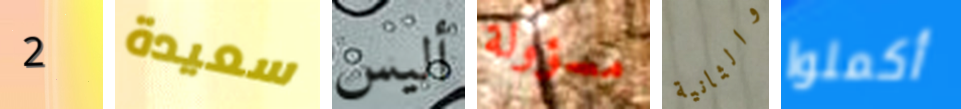
2 سعيدة أليس مسؤولة والثانية أكملوا